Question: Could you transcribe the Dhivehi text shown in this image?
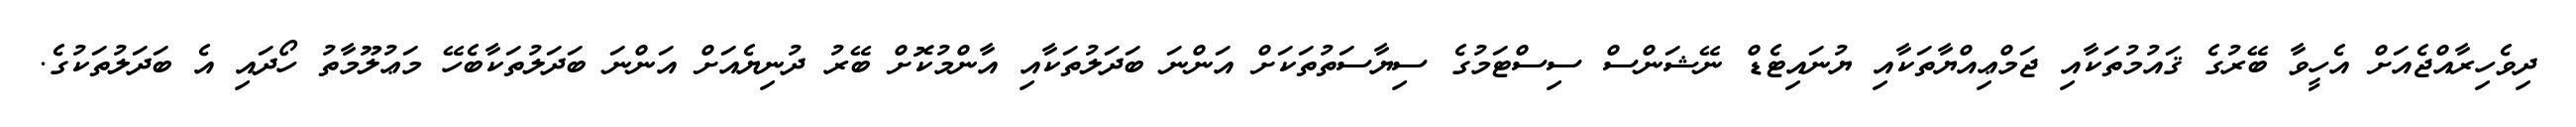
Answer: ދިވެހިރާއްޖެއަށް އެހީވާ ބޭރުގެ ޤައުމުތަކާއި ޖަމްޢިއްޔާތަކާއި ޔުނައިޓެޑް ނޭޝަންސް ސިސްޓަމުގެ ސިޔާސަތުތަކަށް އަންނަ ބަދަލުތަކާއި އާންމުކޮށް ބޭރު ދުނިޔެއަށް އަންނަ ބަދަލުތަކާބެހޭ މަޢުލޫމާތު ހޯދައި އެ ބަދަލުތަކުގެ.